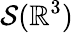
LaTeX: \mathcal{S}(\mathbb{R}^{3})